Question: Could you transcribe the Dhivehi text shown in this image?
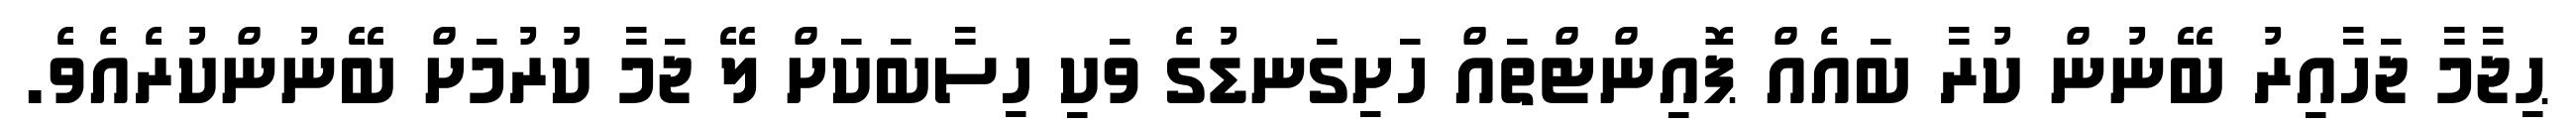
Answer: ޙިޖާމާ ޖަހާއިރު ބޭނުން ކުރާ ބައެއް ޕޮއިންޓްތައް ހަށިގަނޑުގެ ވަކި ހިސާބަކަށް ލޭ ޖަމާ ކުރުމަށް ބޭނުންކުރެއެވެ.